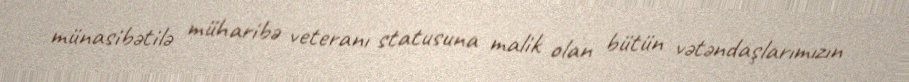
münasibətilə müharibə veteranı statusuna malik olan bütün vətəndaşlarımızın